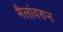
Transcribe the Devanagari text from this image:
मैलांवरुन